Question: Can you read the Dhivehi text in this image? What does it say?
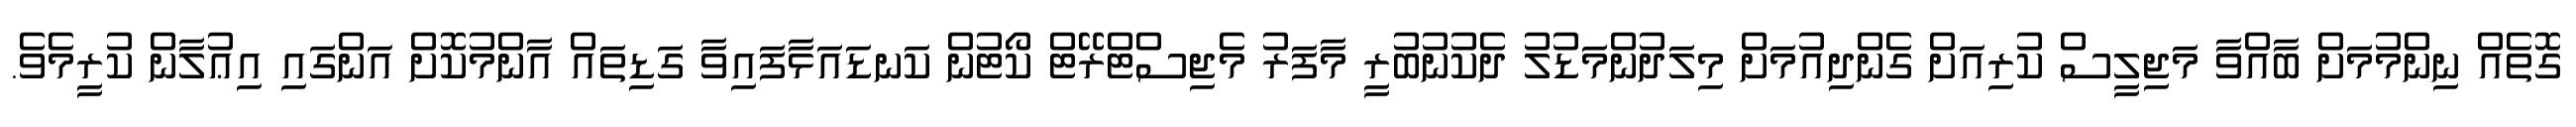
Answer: ގޮތެއް ނިންމުމަށް ބާއްވާ މަޖިލީސް ކުރިއަށް ގެންދިއުމަށް މިލަދުންމަޑުލު ދެކުނުބުރީ މާފަރު މެޖިސްޓްރޭޓް ކޯޓުން ކަނޑައަޅާފައިވާ ގަޑިތައް އާންމުކޮށް އަންގައި އިޢުލާން ކުރީމެވެ.